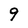
Character: 9